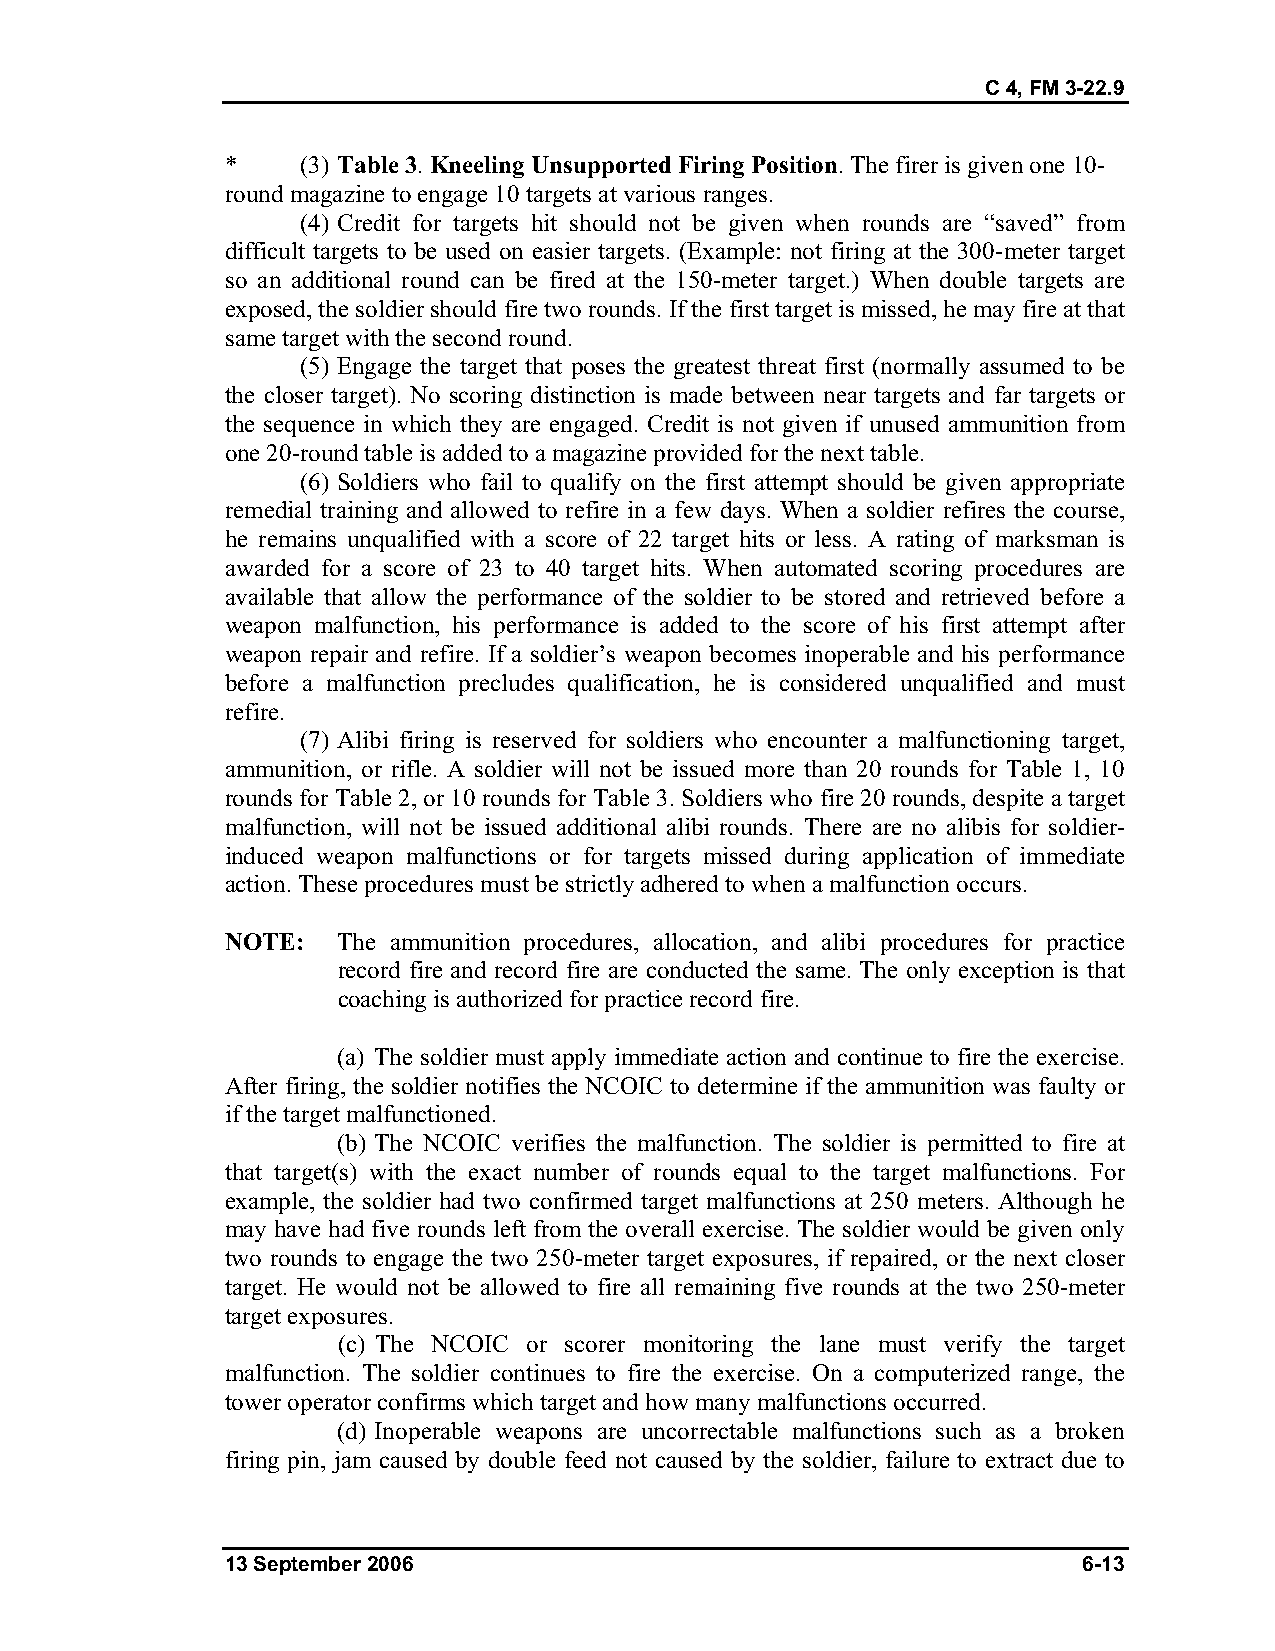
C 4, FM 3-22.9
 *    (3) Table 3. Kneeling Unsupported Firing Position. The firer is given one 10-
 round magazine to engage 10 targets at various ranges.
 (4) Credit for targets hit should not be given when rounds are “saved” from
 difficult targets to be used on easier targets. (Example: not firing at the 300-meter target
 so an additional round can be fired at the 150-meter target.) When double targets are
 exposed, the soldier should fire two rounds. If the first target is missed, he may fire at that
 same target with the second round.
 (5) Engage the target that poses the greatest threat first (normally assumed to be
 the closer target). No scoring distinction is made between near targets and far targets or
 the sequence in which they are engaged. Credit is not given if unused ammunition from
 one 20-round table is added to a magazine provided for the next table.
 (6) Soldiers who fail to qualify on the first attempt should be given appropriate
 remedial training and allowed to refire in a few days. When a soldier refires the course,
 he remains unqualified with a score of 22 target hits or less. A rating of marksman is
 awarded for a score of 23 to 40 target hits. When automated scoring procedures are
 available that allow the performance of the soldier to be stored and retrieved before a
 weapon malfunction, his performance is added to the score of his first attempt after
 weapon repair and refire. If a soldier’s weapon becomes inoperable and his performance
 before a malfunction precludes qualification, he is considered unqualified and must
 refire.
 (7) Alibi firing is reserved for soldiers who encounter a malfunctioning target,
 ammunition, or rifle. A soldier will not be issued more than 20 rounds for Table 1, 10
 rounds for Table 2, or 10 rounds for Table 3. Soldiers who fire 20 rounds, despite a target
 malfunction, will not be issued additional alibi rounds. There are no alibis for soldier-
 induced weapon malfunctions or for targets missed during application of immediate
 action. These procedures must be strictly adhered to when a malfunction occurs.
 NOTE:  The ammunition procedures, allocation, and alibi procedures for practice
 record fire and record fire are conducted the same. The only exception is that
 coaching is authorized for practice record fire.
 (a) The soldier must apply immediate action and continue to fire the exercise.
 After firing, the soldier notifies the NCOIC to determine if the ammunition was faulty or
 if the target malfunctioned.
 (b) The NCOIC verifies the malfunction. The soldier is permitted to fire at
 that target(s) with the exact number of rounds equal to the target malfunctions. For
 example, the soldier had two confirmed target malfunctions at 250 meters. Although he
 may have had five rounds left from the overall exercise. The soldier would be given only
 two rounds to engage the two 250-meter target exposures, if repaired, or the next closer
 target. He would not be allowed to fire all remaining five rounds at the two 250-meter
 target exposures.
 (c) The NCOIC or scorer monitoring the lane must verify the target
 malfunction. The soldier continues to fire the exercise. On a computerized range, the
 tower operator confirms which target and how many malfunctions occurred.
 (d) Inoperable weapons are uncorrectable malfunctions such as a broken
 firing pin, jam caused by double feed not caused by the soldier, failure to extract due to
 13 September 2006                                        6-13